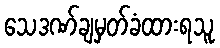
သေဒဏ်ချမှတ်ခံထားရသူ